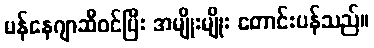
မန်နေဂျာဆီဝင်ပြီး အမျိုးမျိုး တောင်းပန်သည်။